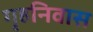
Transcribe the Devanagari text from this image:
गृहनिवास